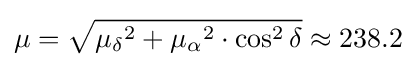
\mu ={\sqrt {{\mu _{\delta }}^{2}+{\mu _{\alpha }}^{2}\cdot \cos ^{2}\delta }}\approx 238.2